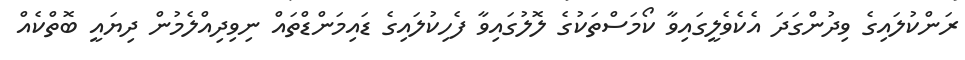
ރަންކުލައިގެ ވިދުންގަދަ އެކެވެލީގައިވާ ކޯމަސްތަކުގެ ލޮލުގައިވާ ފެހިކުލައިގެ ޑައިމަންޑްތައް ނިވިދިއްލެމުން ދިޔައީ ބޮތްކެއް